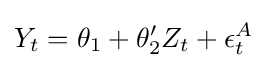
Y_{t}=\theta _{1}+\theta _{2}'Z_{t}+\epsilon _{t}^{A}